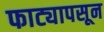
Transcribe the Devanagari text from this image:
फाट्यापसून